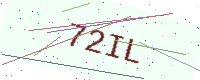
Text: 72IL